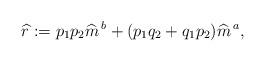
LaTeX: \begin{align*}\widehat{r}:=p_1p_2\widehat{m}^{\,b}+(p_1q_2+q_1p_2)\widehat{m}^{\,a},\end{align*}